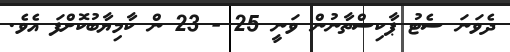
ދެވަނަ ސެޓު ޕާކިސްތާނުން ވަނީ 25 - 23 ން ކާމިޔާބުކޮށްފަ އެވެ.